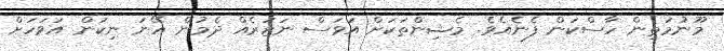
މޫނުމަތިން ހާސްކަން ފެނެއެވެ. މެޝިންތަކަށް އަވަސް ނަޒަރެއް ދެމުން އޭނަ ނިކަން އަވަހަށް